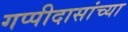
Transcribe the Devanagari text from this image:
गप्पीदासांच्या